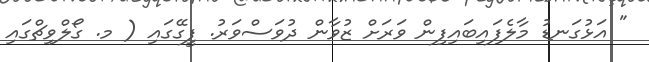
" އަޅުގަނޑު މާލެފައިބައިފިން ވަރަށް ޒުވާން ދުވަސްވަރު. ފީގޭގައި ( މ. ގޯލްވިޗްގައި